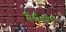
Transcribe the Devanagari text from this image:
३८७९